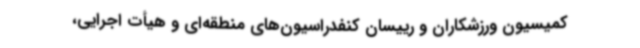
کمیسیون ورزشکاران و رییسان کنفدراسیون‌های منطقه‌ای و هیأت اجرایی،